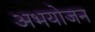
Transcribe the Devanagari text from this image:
अभयोजन